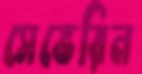
সেভেরিন